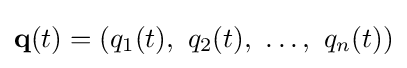
\mathbf {q} (t)=(q_{1}(t),\ q_{2}(t),\ \ldots ,\ q_{n}(t))